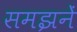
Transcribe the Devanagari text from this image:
समझनें